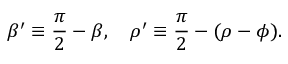
\beta ^ { \prime } \equiv { \frac { \pi } { 2 } } - \beta , \quad \rho ^ { \prime } \equiv { \frac { \pi } { 2 } } - ( \rho - \phi ) .